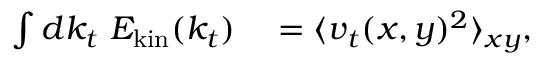
\begin{array} { r l } { \int d k _ { t } \ E _ { \mathrm { k i n } } ( k _ { t } ) } & { { } = \langle \boldsymbol { v } _ { t } ( x , y ) ^ { 2 } \rangle _ { x y } , } \end{array}